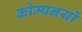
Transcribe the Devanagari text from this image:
कोम्पनयों